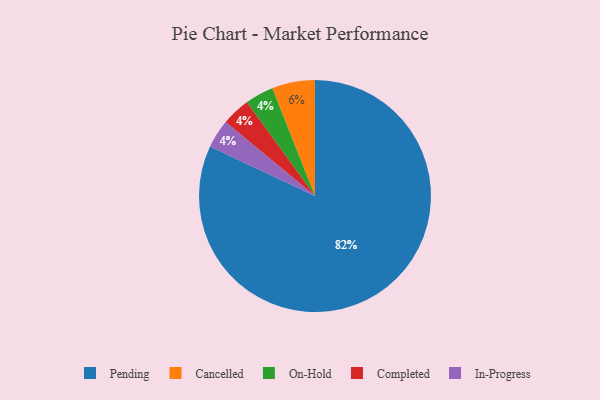
{"axis": {"x": "Category", "y": "Percentage"}, "legend": ["Cancelled", "Completed", "In-Progress", "On-Hold", "Pending"], "data": [{"x": "On-Hold", "y": 4, "type": "On-Hold"}, {"x": "Completed", "y": 4, "type": "Completed"}, {"x": "Pending", "y": 82, "type": "Pending"}, {"x": "Cancelled", "y": 6, "type": "Cancelled"}, {"x": "In-Progress", "y": 4, "type": "In-Progress"}]}